Annual report on the working of the lock hospitals in the Central Provinces
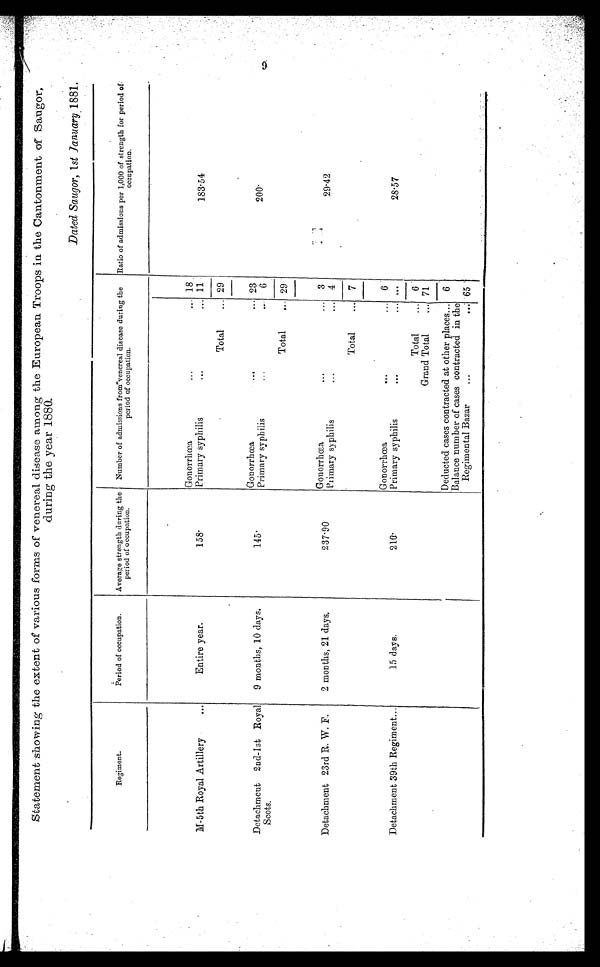
Statement showing the extent of various forms of venereal disease among the European Troops in the Cantonment of Sa
ugor, during the year 1880.
Dated Saugor, 1 st January 1881.
Regiment.
Period of occupation.
Average strength during the
period of occupation.
Number of admissions from venereal disease during the
period of occupation.
Ratio of admissions per 1,000 of strength for period of
occupation.
Gonorrhœa,
...
... 18
M-5th Royal Artillery -
...
Entire year.
158.
Primary syphilis
...
... 11
183.54
Total
... 29
Detachment 2nd-1st Royal
Scots.
9 months, 10 days.
145.
Gonorrhœa
..,
... 23
200.
Primary syphilis
. . . ...
6
Total
... 29
Detachment 23rd R. W. F.
2 months, 21 days.
237.90
Gonorrhœa
..I
...
3
2 9 . 4 2
Primary syphilis
... 4
Total
... 7
Gonorrhœa,
...
6
Detachment 39th Regiment...
15 days.
210.
Primary syphilis
. . .
. . .
28.57
Total
... 6
Grand Total
... 71
Deducted cases contracted at other places... 6
Balance number of cases contracted in the
Regimental Bazar
...
... 65
9